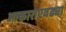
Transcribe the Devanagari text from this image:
आकाराएवढ्या